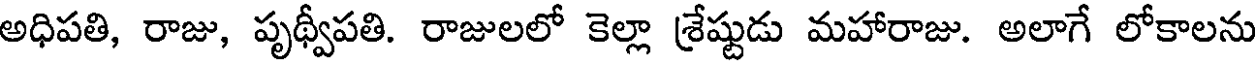
అధిపతి, రాజు, పృథ్వీపతి. రాజులలో కెల్లా శ్రేష్టుడు మహారాజు. అలాగే లోకాలను